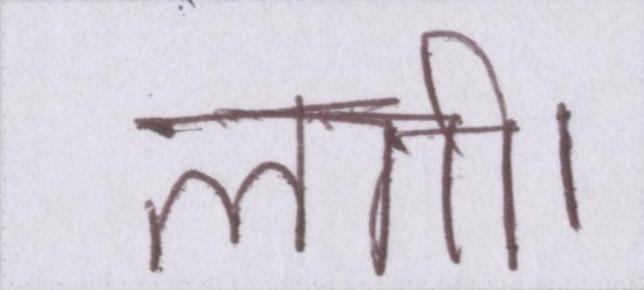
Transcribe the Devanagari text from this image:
लगी।